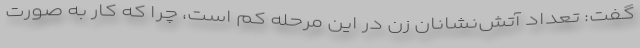
گفت: تعداد آتش‌نشانان زن در این مرحله کم است، چرا که کار به صورت